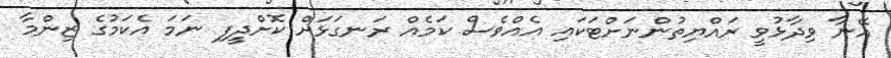
އޭނާ ވިދާޅުވީ ރައްޔިތުންނަށްޓަކައި އެއްވެސް ކަމެއް ރަނގަޅަށް ކޮށްދީފި ނަމަ އެކަމުގެ ޒިންމާ